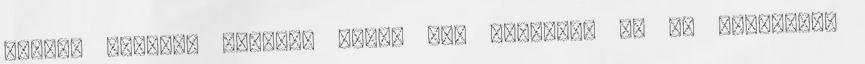
amikor turista vagyok, akkor is. Ráadásul az új generáció